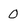
Character: 0